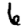
Digit: 6